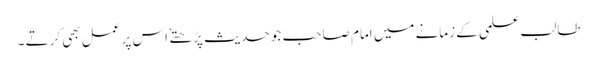
طالب علمی کے زمانے میں امام صاحب جو حدیث پڑھتے ٗ اس پر عمل بھی کرتے ۔